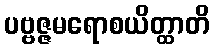
ပဗ္ဗဇ္ဇမရောစယိတ္ထာတိ